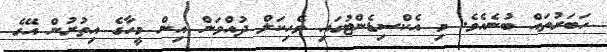
ހަބަރުތައް ބުނެއެވެ. މި އެކްސިޑެންޓުގައި ވެހިކަލް ދުއްވަން އިން މީހާގެ އިތުރުން އޭގެ